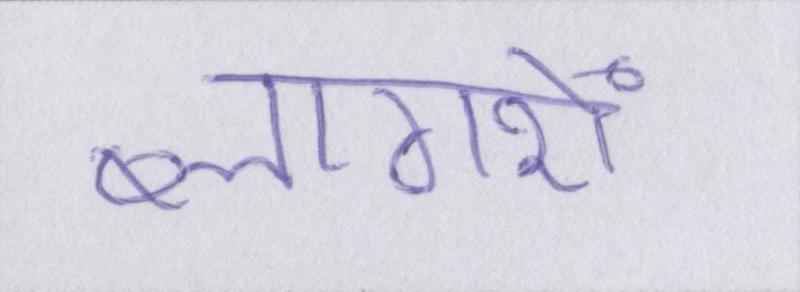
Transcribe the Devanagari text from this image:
ब्लागरों